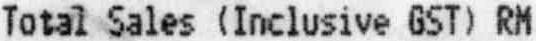
TOTAL SALES (INCLUSIVE GST) RM